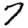
Digit: 7